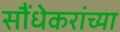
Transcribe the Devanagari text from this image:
सौंधेकरांच्या